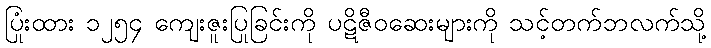
ပြုံးထား ၁၂၅၄ ကျေးဇူးပြုခြင်းကို ပဋိဇီဝဆေးများကို သင့်တက်ဘလက်သို့